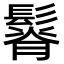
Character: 𩮦